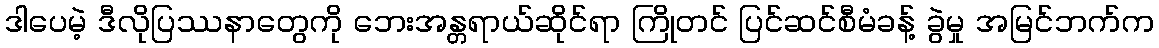
ဒါပေမဲ့ ဒီလိုပြဿနာတွေကို ဘေးအန္တရာယ်ဆိုင်ရာ ကြိုတင် ပြင်ဆင်စီမံခန့် ခွဲမှု အမြင်ဘက်က